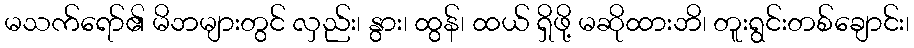
မသက်ရော်၏ မိဘများတွင် လှည်း၊ နွား၊ ထွန်၊ ထယ် ရှိဖို့ မဆိုထားဘိ၊ တူးရွင်းတစ်ချောင်း၊